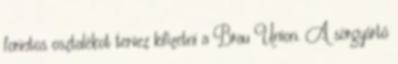
forintos osztalékot tervez kifizetni a Brau Union. A sörgyártó